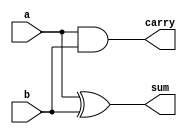
module half_adder(
    a,
    b,
    sum,
    carry
    );

    //what are the input ports.
    input a;
    input b;
    //What are the output ports.
    output sum;
     output carry;
     
     //Implement the Sum and Carry equations using Verilog Bit operators.
     assign sum = a ^ b;  //XOR operation
     assign carry = a & b; //AND operation
    
endmodule